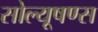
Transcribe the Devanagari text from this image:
सोल्यूषण्स